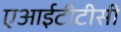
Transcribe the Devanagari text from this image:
एआईटीटीसी